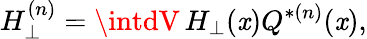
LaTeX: H_{\perp}^{(n)}=\intdV\, H_{\perp}(\mathit{x})Q^{*(n)}(\mathit{x}),